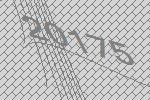
20175